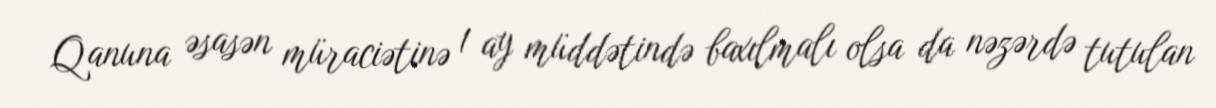
Qanuna əsasən müraciətinə 1 ay müddətində baxılmalı olsa da nəzərdə tutulan